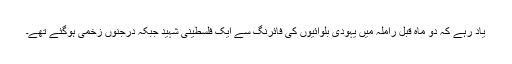
یاد رہے کہ دو ماہ قبل راملہ میں یہودی بلوائیوں کی فائرنگ سے ایک فلسطینی شہید جبکہ درجنوں زخمی ہوگئے تھے۔